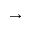
\rightarrow